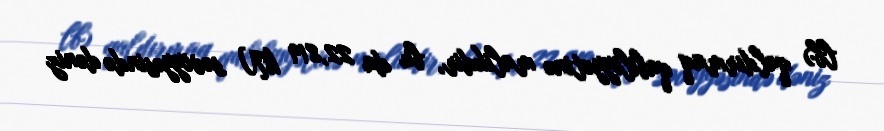
lb) qaldırmaq qabiliyyətinə malikdir, bu da 22,819 kN səviyyəsində dəniz